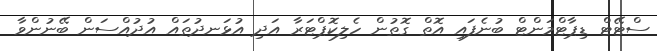
ސްޓޭޓް ޑިޕާޓްމަންޓް ބުނެފައި އޮތް ގޮތުން ހެލިކޮޕްޓަރާ އަދި އުޅަނދުތައް އުދުއްސަން ބޭނުންވާ